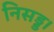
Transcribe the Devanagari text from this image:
निसड्ड।